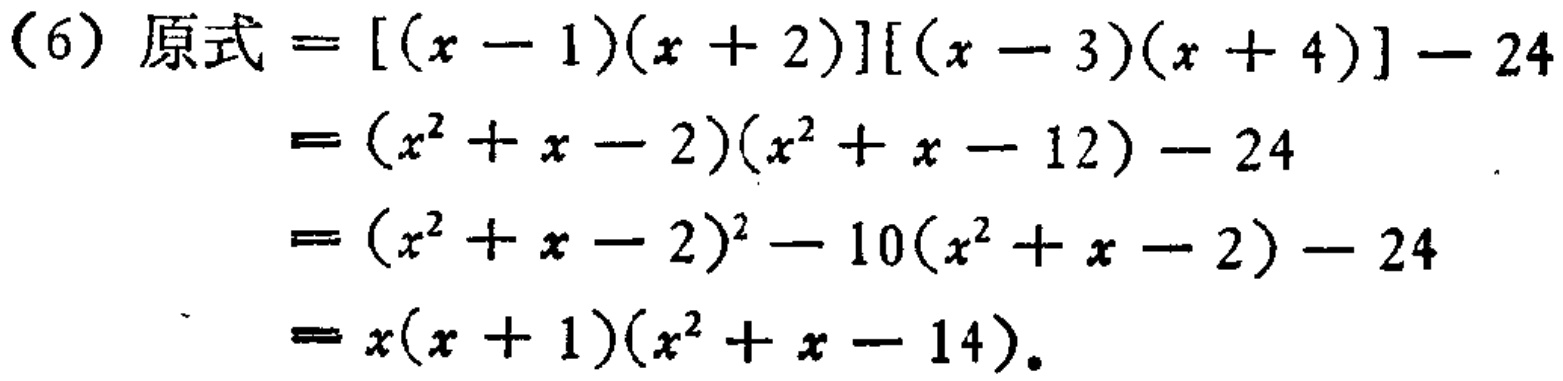
\[

\begin{align*}

\text{(6) 原式}&=[(x - 1)(x + 2)][(x - 3)(x + 4)] - 24\\

&=(x^{2}+x - 2)(x^{2}+x - 12)-24\\

&=(x^{2}+x - 2)^{2}-10(x^{2}+x - 2)-24\\

&=x(x + 1)(x^{2}+x - 14)

\end{align*}

\]